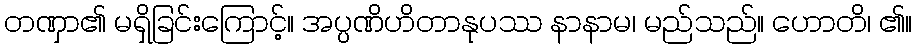
တဏှာ၏ မရှိခြင်းကြောင့်။ အပ္ပဏိဟိတာနုပဿ နာနာမ၊ မည်သည်။ ဟောတိ၊ ၏။